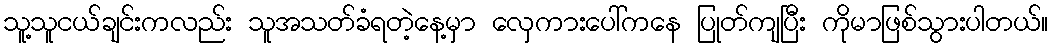
သူ့သူငယ်ချင်းကလည်း သူအသတ်ခံရတဲ့နေ့မှာ လှေကားပေါ်ကနေ ပြုတ်ကျပြီး ကိုမာဖြစ်သွားပါတယ်။